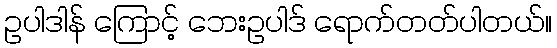
ဥပါဒါန် ကြောင့် ဘေးဥပါဒ် ရောက်တတ်ပါတယ်။